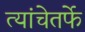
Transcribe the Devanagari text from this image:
त्यांचेतर्फे